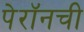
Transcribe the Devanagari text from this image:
पेरॉनची